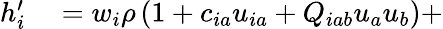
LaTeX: \begin{array}{rl}{h_{i}^{\prime}}&{{}=w_{i}\rho\left(1+c_{ia}u_{ia}+Q_{iab}u_{a}u_{b}\right)+}\end{array}